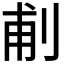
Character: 𠜙